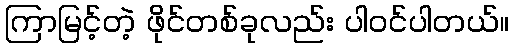
ကြာမြင့်တဲ့ ဖိုင်တစ်ခုလည်း ပါဝင်ပါတယ်။